Notes on vaccination in the North-West Frontier Province 1923-1928 - 1923-1928
Year: 1923
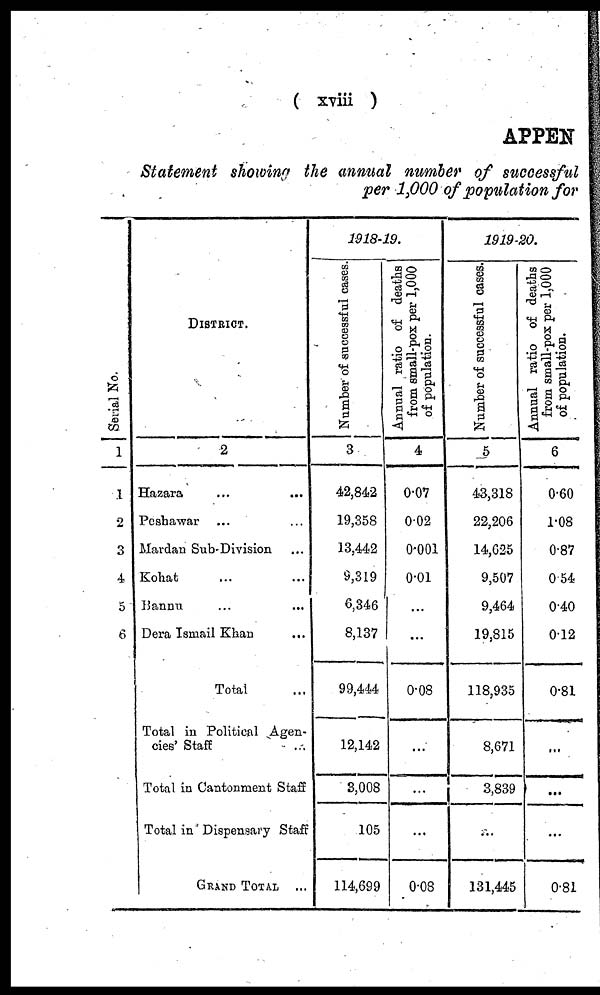
( xviii )
APPEN
Statement showing the annual number of successful
per 1,000 of population for
Serial No.
1
1
2
3
4
5
6
DISTRICT.
2
Hazara ... ...
Peshawar ... ...
Mardan Sub-Division ...
Kohat ... ...
Bannu ... ...
Dera Ismail Khan
...
Total ...
Total in Political Agen-
cies' Staff ...
Total in Cantonment Staff
Total in Dispensary Staff
GRAND TOTAL ...
1918-19.
Number of successful cases.
3
42,842
19,358
13,442
9,319
6,346
8,137
99,444
12,142
3,008
105
114,699
Annual ratio of deaths
from small-pox per 1,000
of population.
4
0.07
0.02
0.001
0.01
...
...
0.08
...
...
...
0.08
1919-20.
Number of successful cases.
5
43,318
22,206
14,625
9,507
9,464
19,815
118,935
8,671
3,839
...
131,445
Annual ratio of deaths
from small-pox per 1,000
of population.
6
0.60
1.08
0.87
0.54
0.40
0.12
0.81
...
...
...
0.81